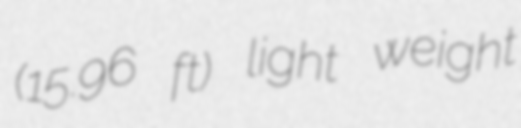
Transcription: (15.96 ft) light weight